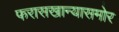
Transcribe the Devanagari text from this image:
फरासखान्यासमोर